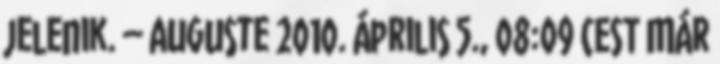
jelenik. – Auguste 2010. április 5., 08:09 CEST Már